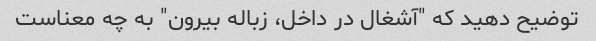
توضیح دهید که "آشغال در داخل، زباله بیرون" به چه معناست